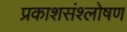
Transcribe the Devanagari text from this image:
प्रकाशसंश्लोषण